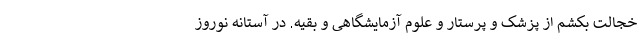
خجالت بکشم از پزشک و پرستار و علوم آزمایشگاهی و بقیه. در آستانه نوروز